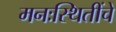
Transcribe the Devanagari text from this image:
मनःस्थितींचे